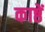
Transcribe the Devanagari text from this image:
काष्ठें